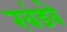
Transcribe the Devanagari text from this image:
खंडवे